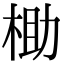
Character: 𬂶